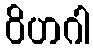
ဝိဟဂါ